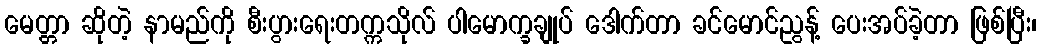
မေတ္တာ ဆိုတဲ့ နာမည်ကို စီးပွားရေးတက္ကသိုလ် ပါမောက္ခချုပ် ဒေါက်တာ ခင်မောင်ညွန့် ပေးအပ်ခဲ့တာ ဖြစ်ပြီး၊